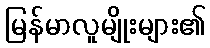
မြန်မာလူမျိုးများ၏